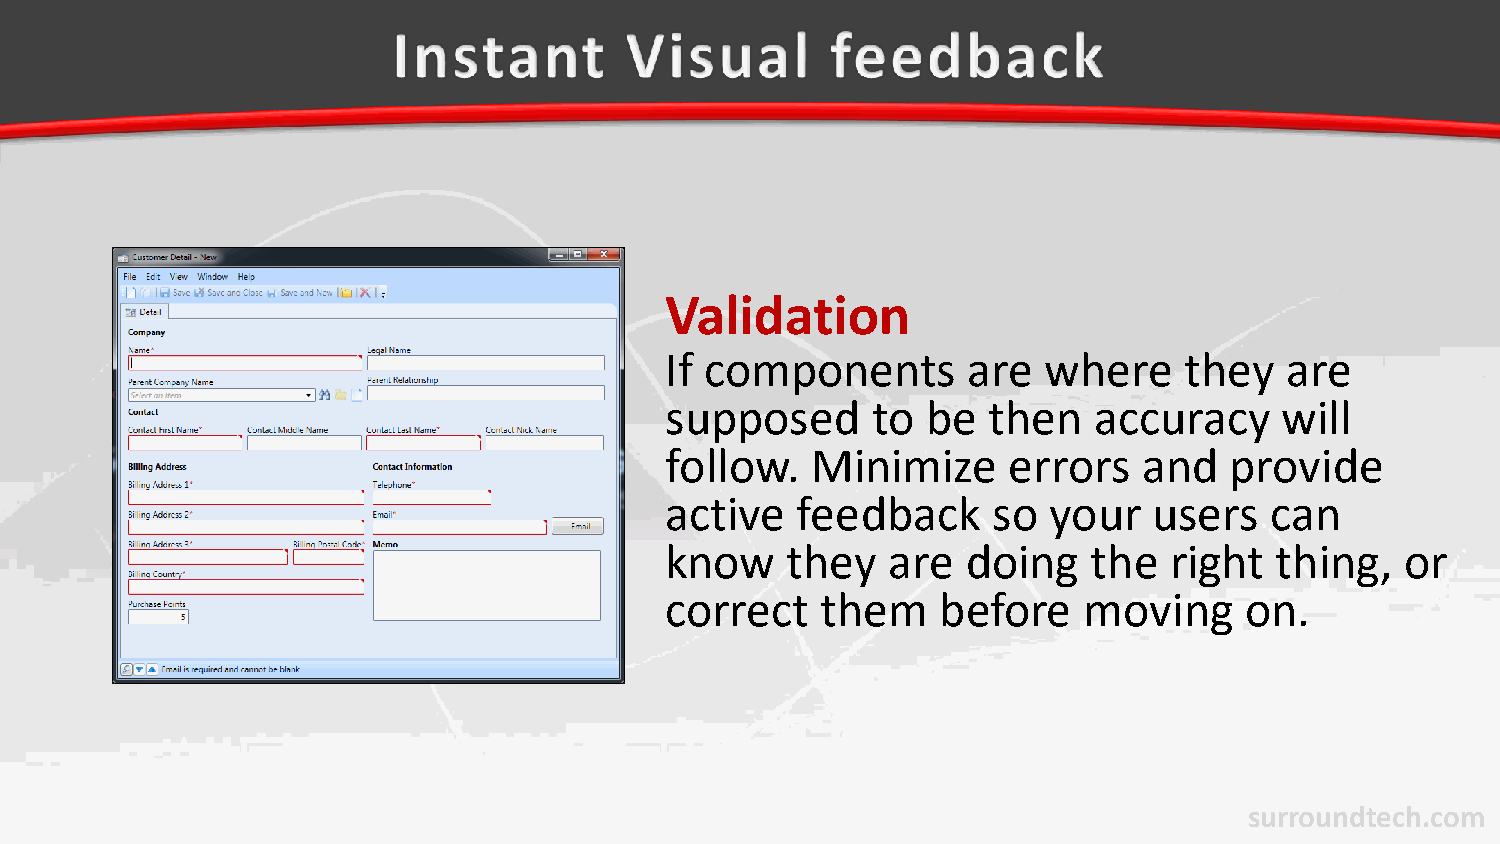
Validation
 If components       are  where    they   are
 supposed      to be  then   accuracy     will
 follow.   Minimize     errors   and  provide
 active   feedback     so your   users   can
 know    they   are  doing   the  right  thing,   or
 correct   them    before    moving    on.
 surroundtech.com